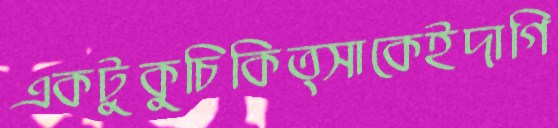
একটুকুচিকিত্সাকেইদাগি